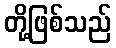
တို့ဖြစ်သည်